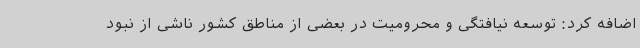
اضافه کرد: توسعه نیافتگی و محرومیت در بعضی از مناطق کشور ناشی از نبود